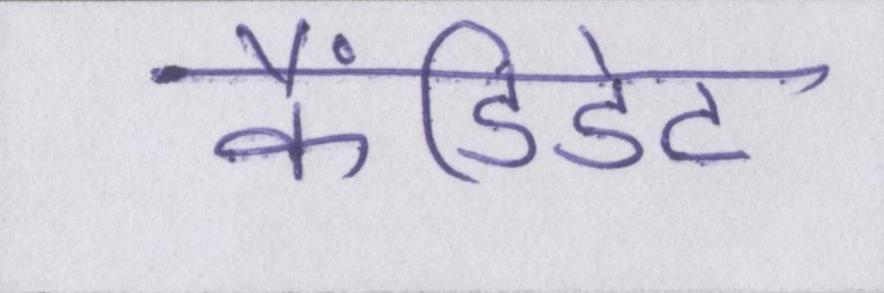
कैंडिडेट